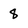
Character: 8